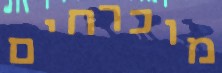
מוכרחים